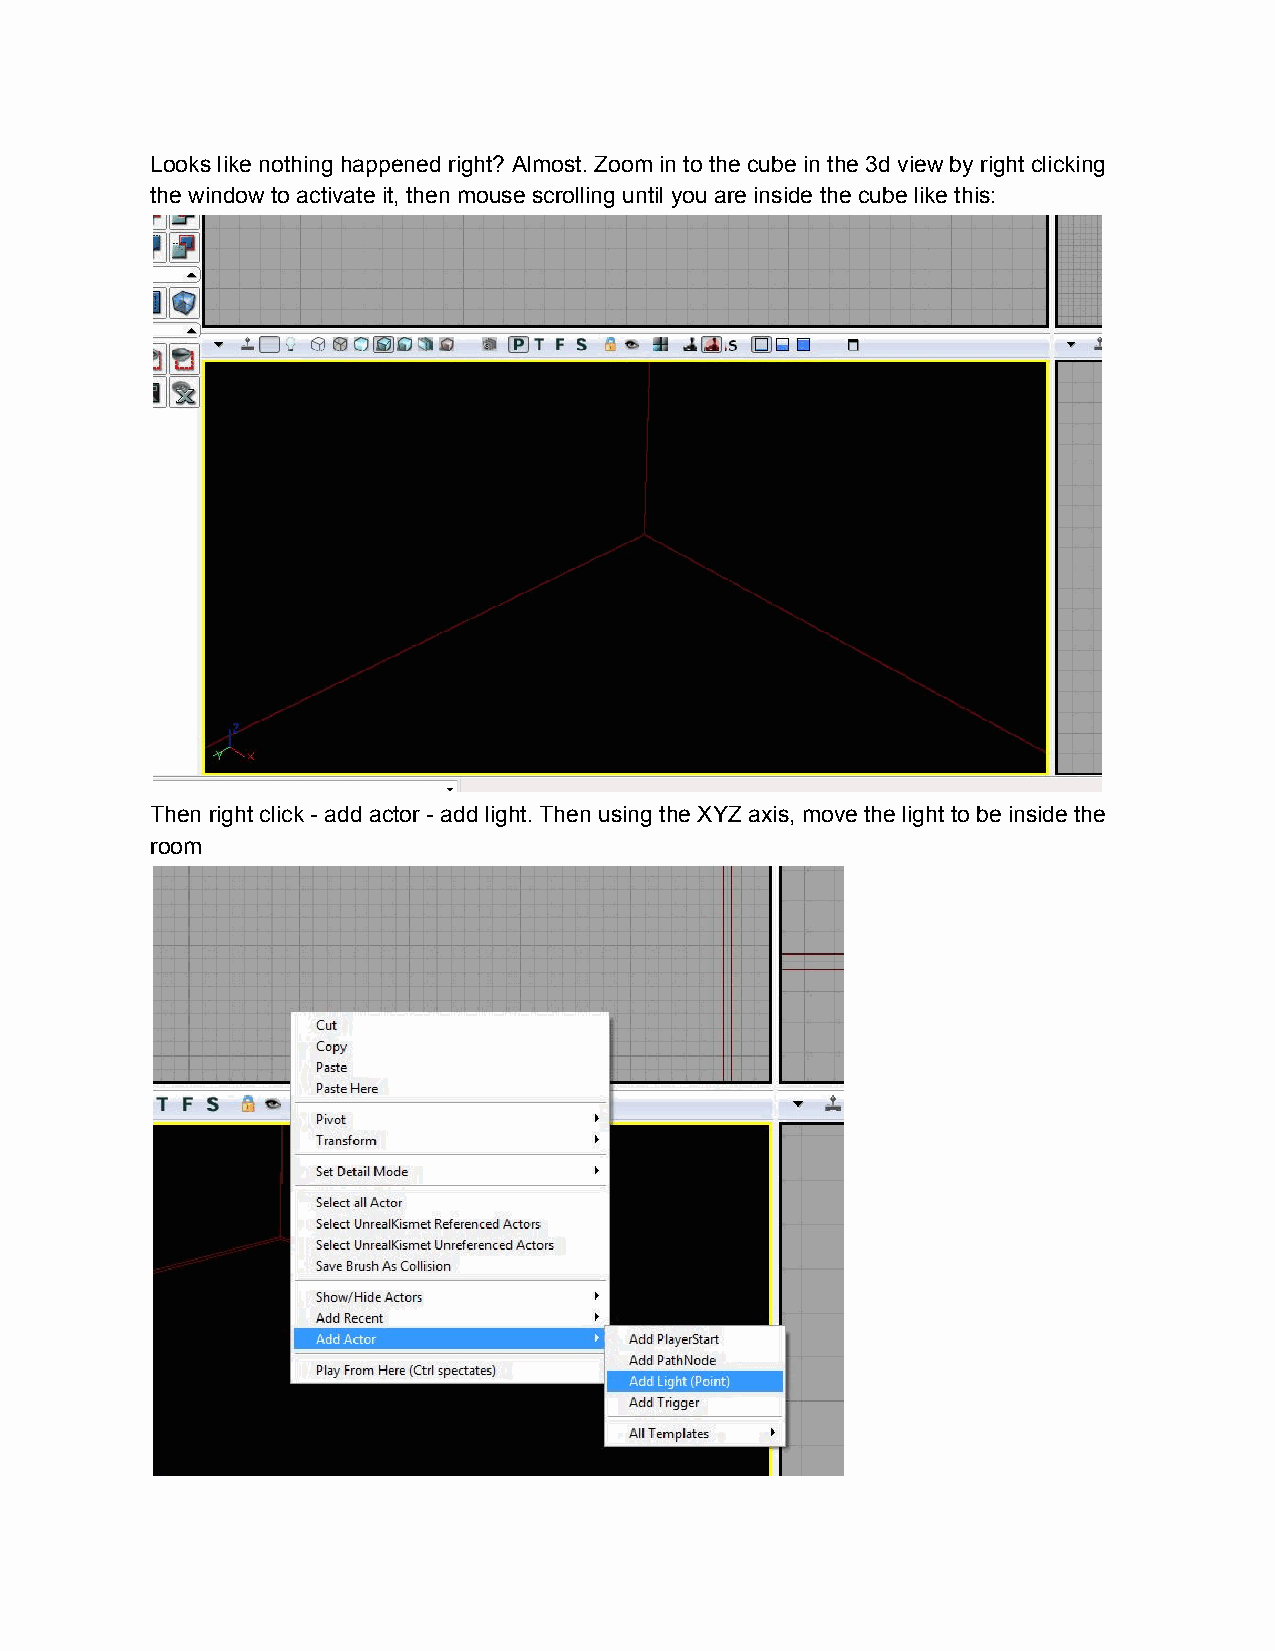
Looks like nothing happened right? Almost. Zoom in to the cube in the 3d view by right clicking
 the window to activate it, then mouse scrolling until you are inside the cube like this:
 Then right click - add actor - add light. Then using the XYZ axis, move the light to be inside the
 room